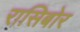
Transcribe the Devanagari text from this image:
रासिबोर